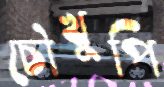
চৌখুপি